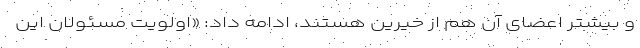
و بیشتر اعضای آن هم از خیرین هستند، ادامه داد: «اولویت مسئولان این